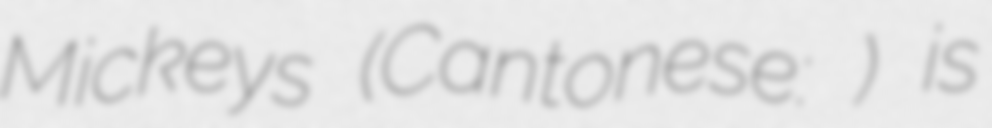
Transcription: Mickeys (Cantonese: 米奇金獎音樂劇) is